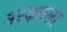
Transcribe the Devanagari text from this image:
मस्कतला